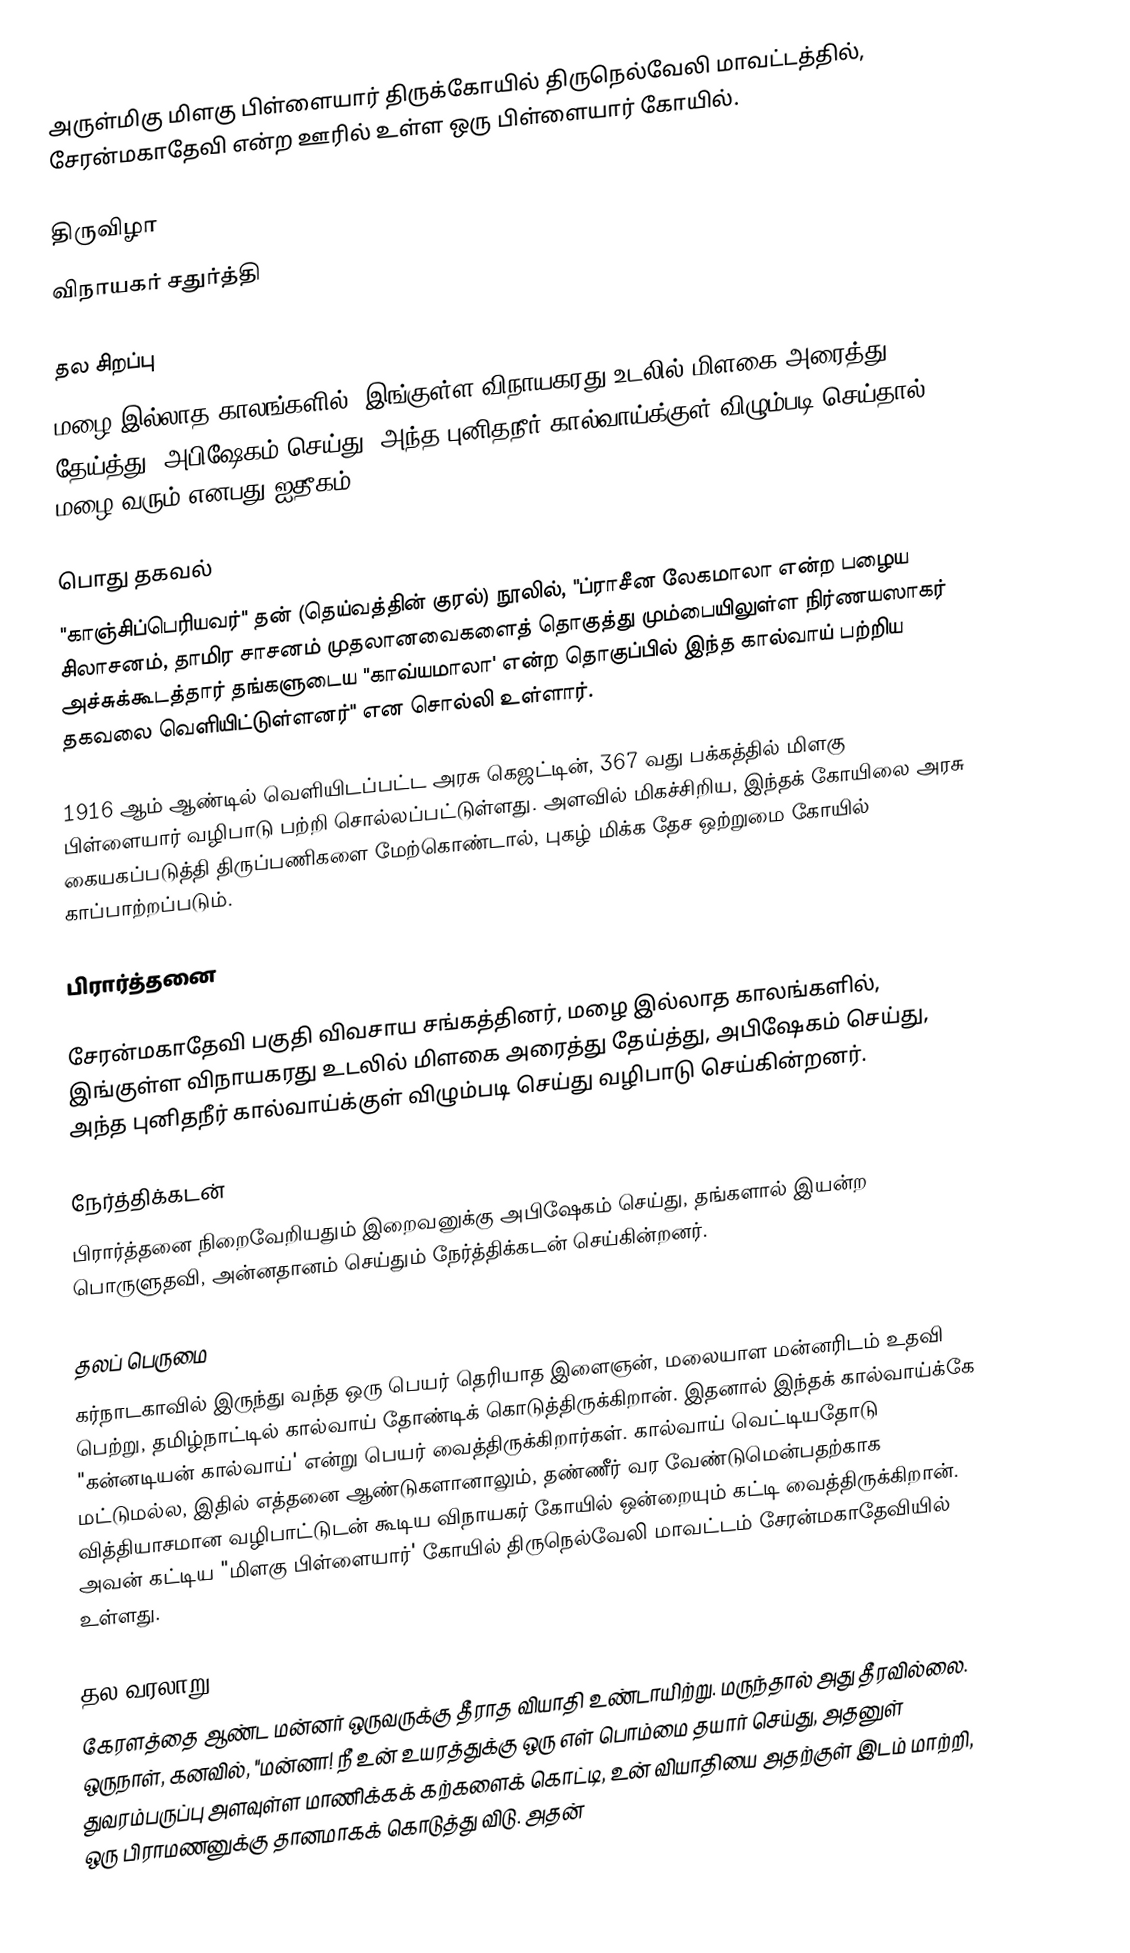
அருள்மிகு மிளகு பிள்ளையார் திருக்கோயில் திருநெல்வேலி மாவட்டத்தில், சேரன்மகாதேவி என்ற ஊரில் உள்ள ஒரு பிள்ளையார் கோயில்.

திருவிழா
விநாயகர் சதுர்த்தி

தல சிறப்பு
மழை இல்லாத காலங்களில், இங்குள்ள விநாயகரது உடலில் மிளகை அரைத்து தேய்த்து, அபிஷேகம் செய்து, அந்த புனிதநீர் கால்வாய்க்குள் விழும்படி செய்தால் மழை வரும் எனபது ஐதீகம்.

பொது தகவல்
"காஞ்சிப்பெரியவர்" தன் (தெய்வத்தின் குரல்) நூலில், "ப்ராசீன லேகமாலா என்ற பழைய சிலாசனம், தாமிர சாசனம் முதலானவைகளைத் தொகுத்து மும்பையிலுள்ள நிர்ணயஸாகர் அச்சுக்கூடத்தார் தங்களுடைய "காவ்யமாலா' என்ற தொகுப்பில் இந்த கால்வாய் பற்றிய தகவலை வெளியிட்டுள்ளனர்" என சொல்லி உள்ளார்.

1916 ஆம் ஆண்டில் வெளியிடப்பட்ட அரசு கெஜட்டின், 367 வது பக்கத்தில் மிளகு பிள்ளையார் வழிபாடு பற்றி சொல்லப்பட்டுள்ளது. அளவில் மிகச்சிறிய, இந்தக் கோயிலை அரசு கையகப்படுத்தி திருப்பணிகளை மேற்கொண்டால், புகழ் மிக்க தேச ஒற்றுமை கோயில் காப்பாற்றப்படும்.

பிரார்த்தனை

சேரன்மகாதேவி பகுதி விவசாய சங்கத்தினர், மழை இல்லாத காலங்களில், இங்குள்ள விநாயகரது உடலில் மிளகை அரைத்து தேய்த்து, அபிஷேகம் செய்து, அந்த புனிதநீர் கால்வாய்க்குள் விழும்படி செய்து வழிபாடு செய்கின்றனர்.

நேர்த்திக்கடன்
பிரார்த்தனை நிறைவேறியதும் இறைவனுக்கு அபிஷேகம் செய்து, தங்களால் இயன்ற பொருளுதவி, அன்னதானம் செய்தும் நேர்த்திக்கடன் செய்கின்றனர்.

தலப் பெருமை
கர்நாடகாவில் இருந்து வந்த ஒரு பெயர் தெரியாத இளைஞன், மலையாள மன்னரிடம் உதவி பெற்று, தமிழ்நாட்டில் கால்வாய் தோண்டிக் கொடுத்திருக்கிறான். இதனால் இந்தக் கால்வாய்க்கே "கன்னடியன் கால்வாய்' என்று பெயர் வைத்திருக்கிறார்கள். கால்வாய் வெட்டியதோடு மட்டுமல்ல, இதில் எத்தனை ஆண்டுகளானாலும், தண்ணீர் வர வேண்டுமென்பதற்காக வித்தியாசமான வழிபாட்டுடன் கூடிய விநாயகர் கோயில் ஒன்றையும் கட்டி வைத்திருக்கிறான். அவன் கட்டிய "மிளகு பிள்ளையார்' கோயில் திருநெல்வேலி மாவட்டம் சேரன்மகாதேவியில் உள்ளது.

தல வரலாறு
கேரளத்தை ஆண்ட மன்னர் ஒருவருக்கு தீராத வியாதி உண்டாயிற்று. மருந்தால் அது தீரவில்லை. ஒருநாள், கனவில், "மன்னா! நீ உன் உயரத்துக்கு ஒரு எள் பொம்மை தயார் செய்து, அதனுள் துவரம்பருப்பு அளவுள்ள மாணிக்கக் கற்களைக் கொட்டி, உன் வியாதியை அதற்குள் இடம் மாற்றி, ஒரு பிராமணனுக்கு தானமாகக் கொடுத்து விடு. அதன்